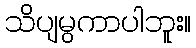
သိပျမွကာပါဘူး။